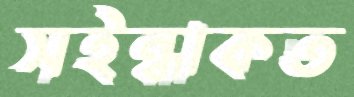
সইন্ধাকত